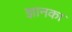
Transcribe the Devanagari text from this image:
ज्ञानका